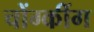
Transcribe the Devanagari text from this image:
चोंग्कींग